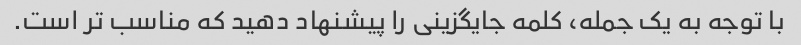
با توجه به یک جمله، کلمه جایگزینی را پیشنهاد دهید که مناسب تر است.